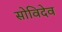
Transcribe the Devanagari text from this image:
सोविदेव